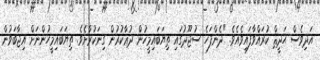
އަދިވެސް ޙަދީޘް ކުރައްވާފައިވެއެވެ. "ދެންފަހެ ސުޖޫދުގައި ތިޔަބައިމީހުން ދުޢާކުރުން ގިނަކުރާށެވެ. ތިޔަބައިމީހުންނަށް އިޖާބަވުން